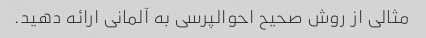
مثالی از روش صحیح احوالپرسی به آلمانی ارائه دهید.